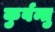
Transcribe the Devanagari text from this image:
कुर्वन्तु